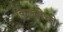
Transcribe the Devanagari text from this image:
किल्लीची